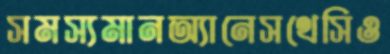
সমস্যমানঅ্যানেসথেসিও